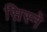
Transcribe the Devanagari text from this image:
सिस्ने